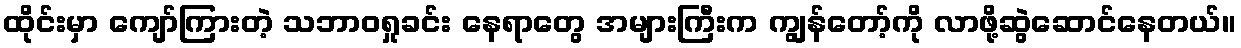
ထိုင်းမှာ ကျော်ကြားတဲ့ သဘာဝရှုခင်း နေရာတွေ အများကြီးက ကျွန်တော့်ကို လာဖို့ဆွဲဆောင်နေတယ်။